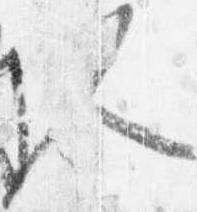
人